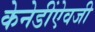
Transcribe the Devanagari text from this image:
केनेडींऐवजी